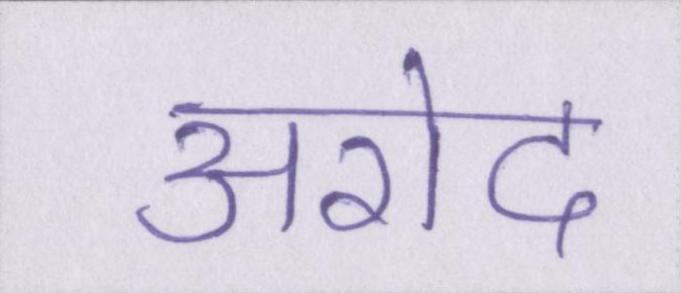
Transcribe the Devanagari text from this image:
अरोद